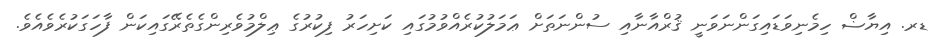
ޑރ. އިޔާޟް ހިމެނިވަޑައިގަންނަވަނީ ޤުރްއާނާއި ސުންނަތަށް ޢަމަލުކުރެއްވުމުގައި ކަށިހަރު ފިކުރުގެ ޢިލްމުވެރިންގެތެރޭގައިކަން ފާހަގަކުރެވެއެވެ.